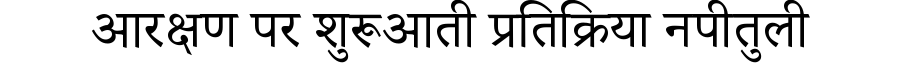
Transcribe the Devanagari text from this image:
आरक्षण पर शुरूआती प्रतिक्रिया नपीतुली